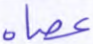
عصاه